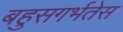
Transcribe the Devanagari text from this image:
बहुसगर्भतेस